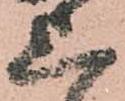
上